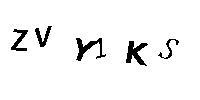
ZVY1KS